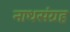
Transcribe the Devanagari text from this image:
नाथसंग्रह